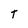
Character: T